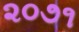
૨૦૭૧